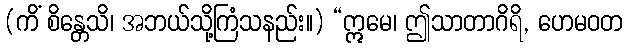
(ကိံ စိန္တေသိ၊ အဘယ်သို့ကြံသနည်း။) “ဣမေ၊ ဤသာတာဂိရိ, ဟေမဝတ